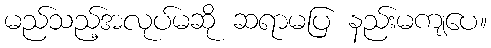
မည်သည့်အလုပ်မဆို ဆရာမပြ နည်းမကျပေ။